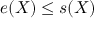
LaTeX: e ( X ) \leq s ( X )